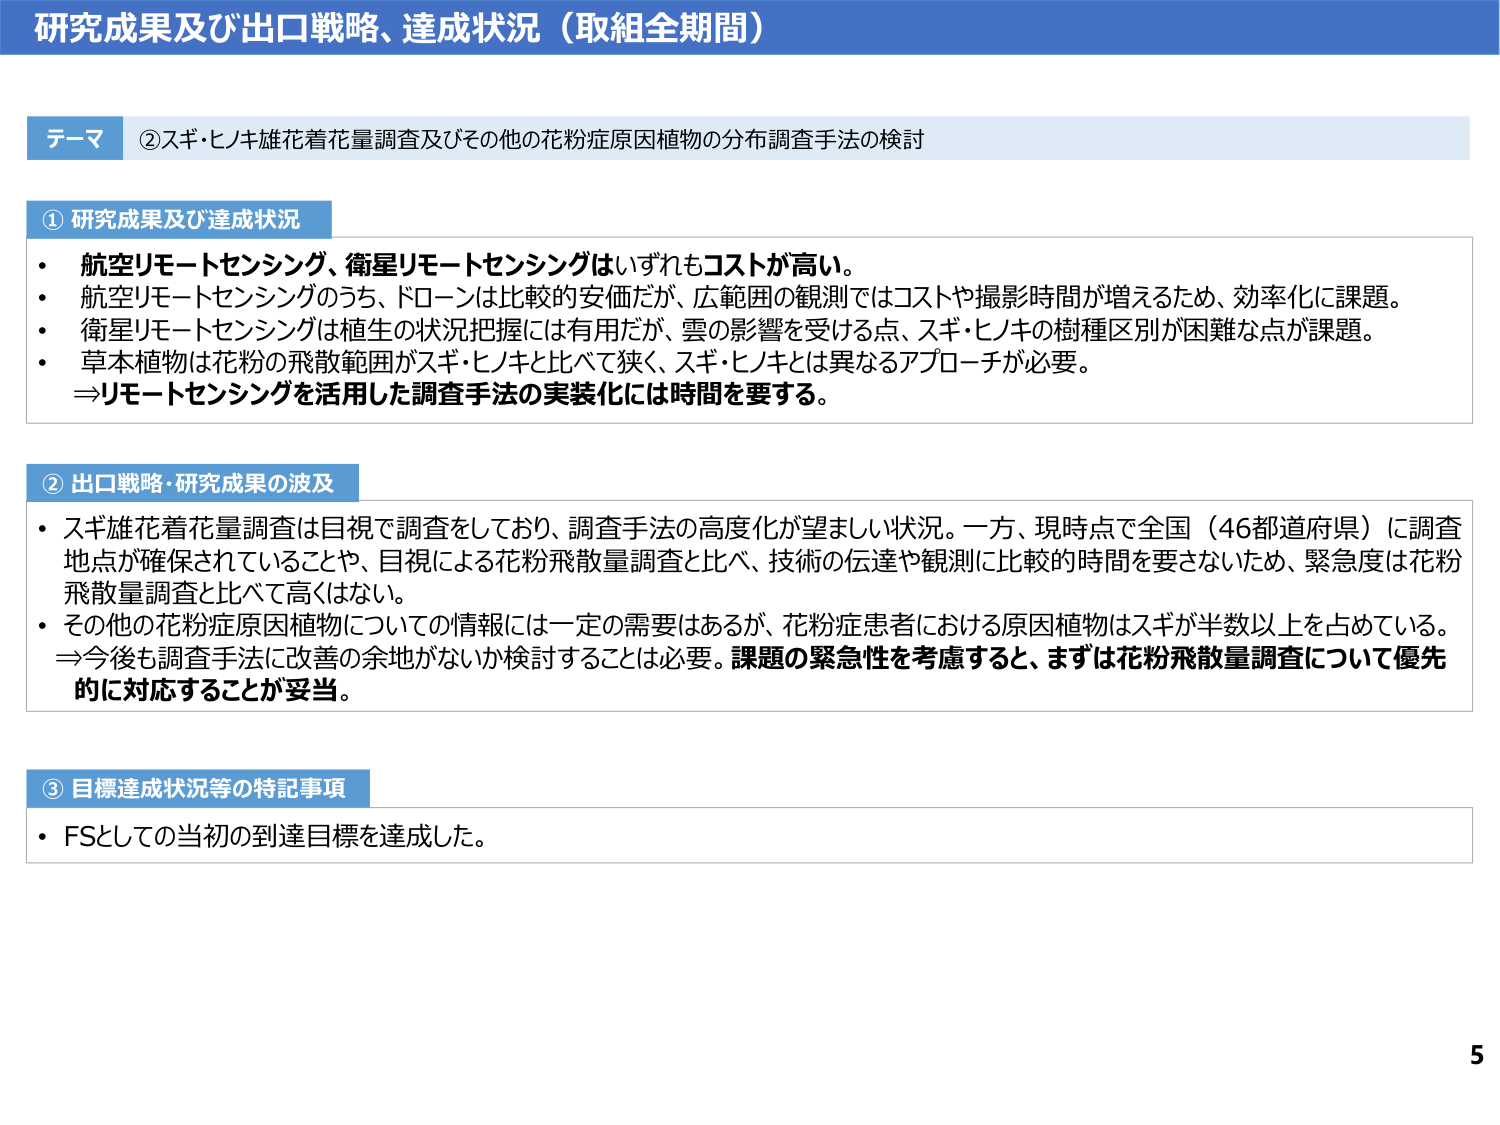
研究成果及び出口戦略、達成状況（取組全期間）

テーマ ②スギ・ヒノキ雄花着花量調査及びその他の花粉症原因植物の分布調査手法の検討

① 研究成果及び達成状況
・ 航空リモートセンシング、衛星リモートセンシングはいずれもコストが高い。
・ 航空リモートセンシングのうち、ドローンは比較的安価だが、広範囲の観測ではコストや撮影時間が増えるため、効率化に課題。
・ 衛星リモートセンシングは植生の状況把握には有用だが、雲の影響を受ける点、スギ・ヒノキの樹種区別が困難な点が課題。
・ 草本植物は花粉の飛散範囲がスギ・ヒノキと比べて狭く、スギ・ヒノキとは異なるアプローチが必要。
⇒リモートセンシングを活用した調査手法の実装化には時間を要する。

② 出口戦略・研究成果の波及
・ スギ雄花着花量調査は目視で調査をしており、調査手法の高度化が望ましい状況。一方、現時点で全国（46都道府県）に調査地点が確保されていることや、目視による花粉飛散量調査と比べ、技術の伝達や観測に比較的时间を要さないため、緊急度は花粉飛散量調査と比べて高くはない。
・ その他の花粉症原因植物についての情報には一定の需要はあるが、花粉症患者における原因植物はスギが半数以上を占めている。
⇒今後も調査手法に改善の余地がないか検討することは必要。課題の緊急性を考慮すると、まずは花粉飛散量調査について優先的に対応することが妥当。

③ 目標達成状況等の特記事項
・ FSとしての当初の到達目標を達成した。

5